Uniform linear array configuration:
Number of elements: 8
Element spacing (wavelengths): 0.75
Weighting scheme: binomial
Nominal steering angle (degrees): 45
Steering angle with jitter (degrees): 46.201
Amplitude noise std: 0.05
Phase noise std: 0.05

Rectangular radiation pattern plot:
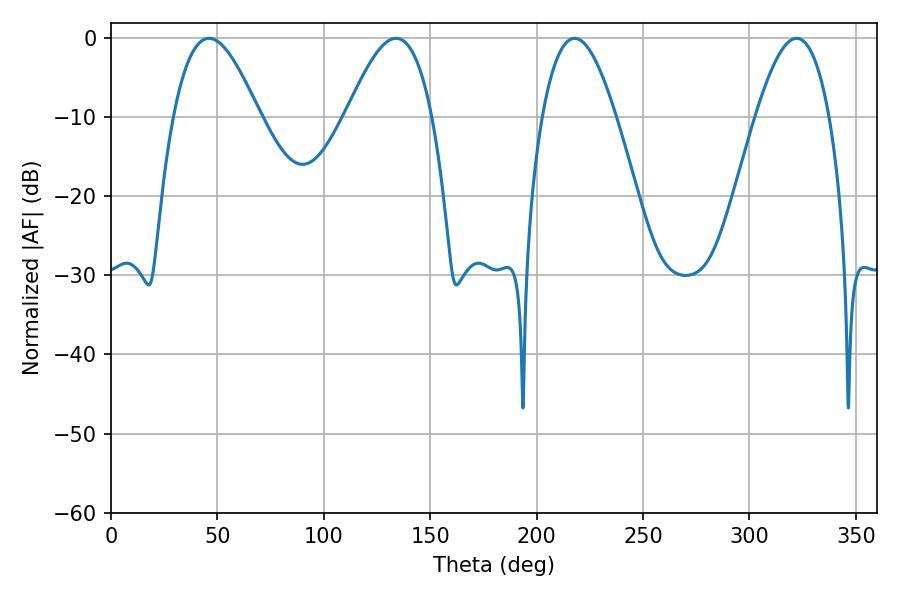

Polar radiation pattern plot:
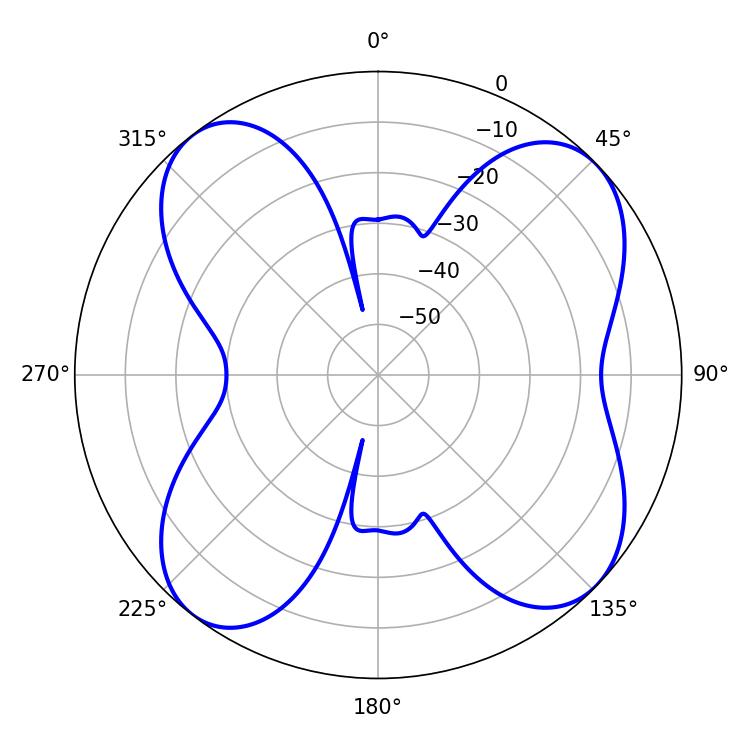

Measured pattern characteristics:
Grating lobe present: TRUE
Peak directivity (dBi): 10.473
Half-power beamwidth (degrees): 21.78
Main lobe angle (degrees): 46.08